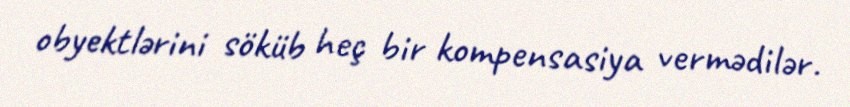
obyektlərini söküb heç bir kompensasiya vermədilər.